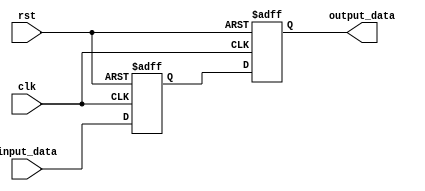
module simple_bypass_register (
    input wire clk,         // clock signal
    input wire rst,         // reset signal
    input wire input_data,  // input data
    output reg output_data  // output data
);

reg stored_data;

always @(posedge clk or posedge rst) begin
    if (rst) begin
        // reset the stored data and clear the output
        stored_data <= 0;
        output_data <= 0;
    end else begin
        // store the incoming data
        stored_data <= input_data;

        // pass the stored data through to the output without any delay
        output_data <= stored_data;
    end
end

endmodule